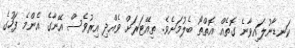
ކަނޑާނުލައިވާނެ ގޮތެއް އޮތްތޯ ބެލުމަށެވެ. ތިއޭޓަރަށް ވެއްދި އިރުވެސް އޭނާގެ އެންމެ ފަހުގެ